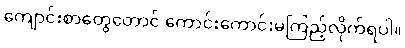
ကျောင်းစာတွေတောင် ကောင်းကောင်းမကြည့်လိုက်ရပါ။